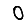
Digit: 0